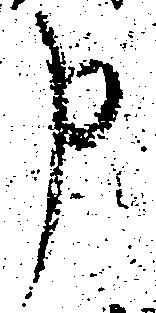
申